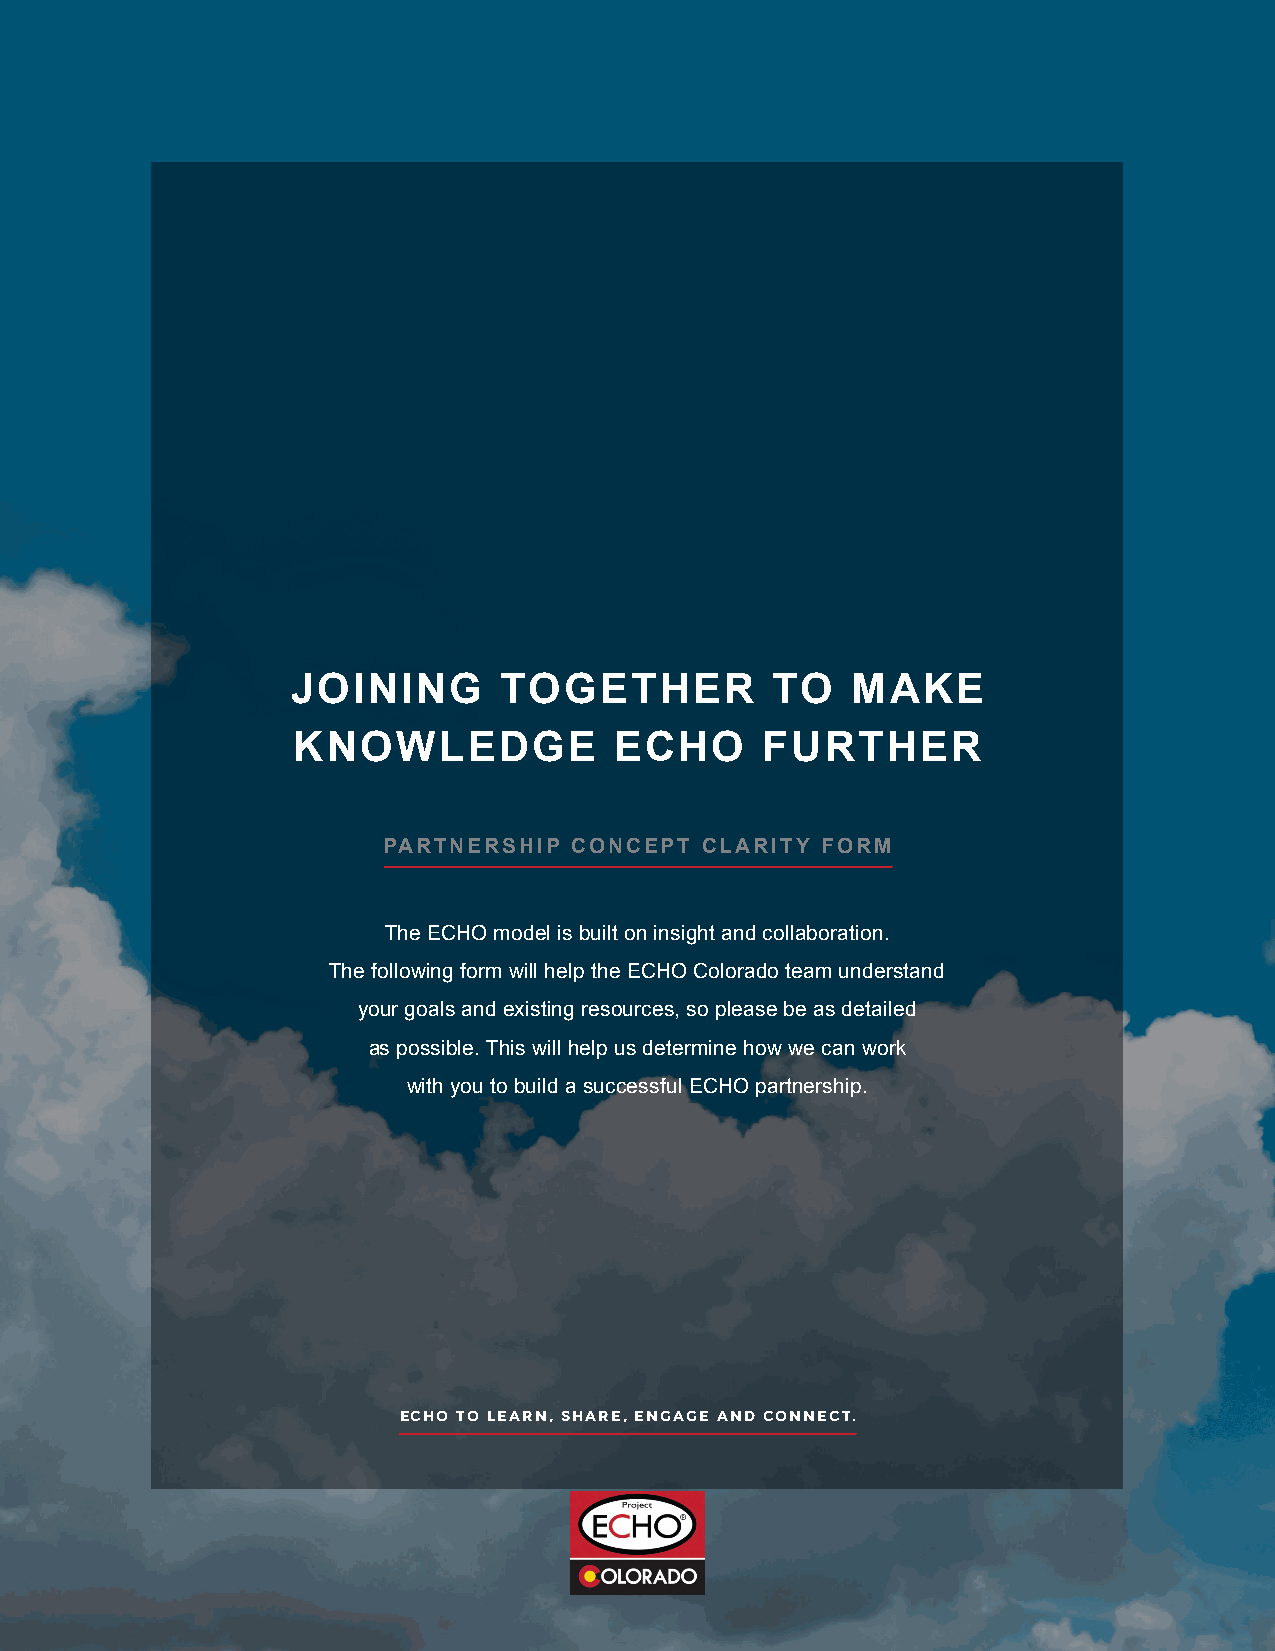
JOINING       TOGETHER          TO   MAKE
 KNOWLEDGE             ECHO     FURTHER
 PARTNERSHIP  CONCEPT  CLARITY FORM
 The ECHO model is built on insight and collaboration.
 The following form will help the ECHO Colorado team understand
 your goals and existing resources, so please be as detailed
 as possible. This will help us determine how we can work
 with you to build a successful ECHO partnership.
 ECHO TO LEARN, SHARE, ENGAGE AND CONNECT.